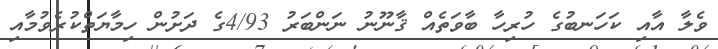
ވެލާ އާއި ކަހަނބުގެ ހުރިހާ ބާވަތެއް ޤާނޫނު ނަންބަރު 4/93ގެ ދަށުން ހިމާޔަތްކުރެވުމާއި